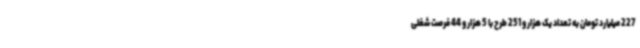
227 میلیارد تومان به تعداد یک هزار و 251 طرح با 5 هزار و 44 فرصت شغلی